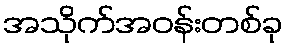
အသိုက်အဝန်းတစ်ခု